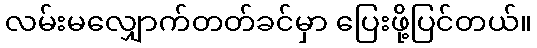
လမ်းမလျှောက်တတ်ခင်မှာ ပြေးဖို့ပြင်တယ်။